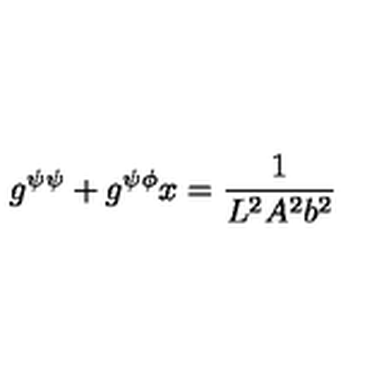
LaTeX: g ^ { \psi \psi } + g ^ { \psi \phi } x = \frac { 1 } { L ^ { 2 } A ^ { 2 } b ^ { 2 } }